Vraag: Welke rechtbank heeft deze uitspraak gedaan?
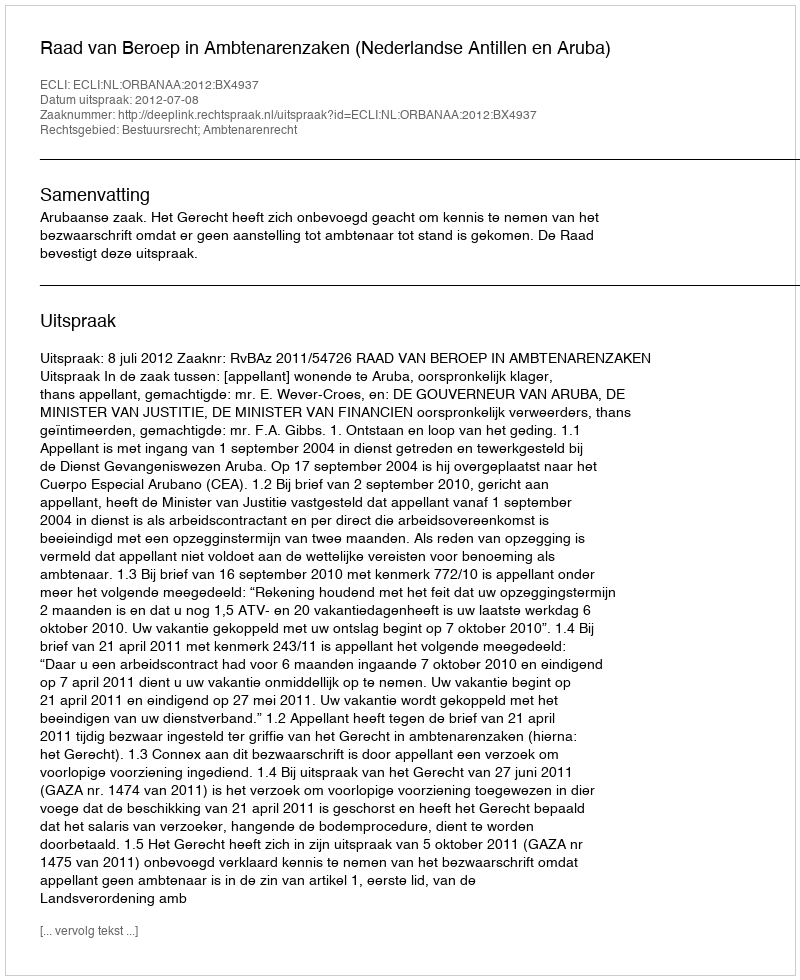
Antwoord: Raad van Beroep in Ambtenarenzaken (Nederlandse Antillen en Aruba)